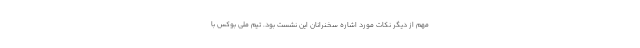
مهم از دیگر نکات مورد اشاره سخنرانان این نشست بود. تیم ملی بوکس با